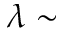
\lambda \sim